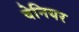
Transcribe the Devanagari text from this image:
वेनियर